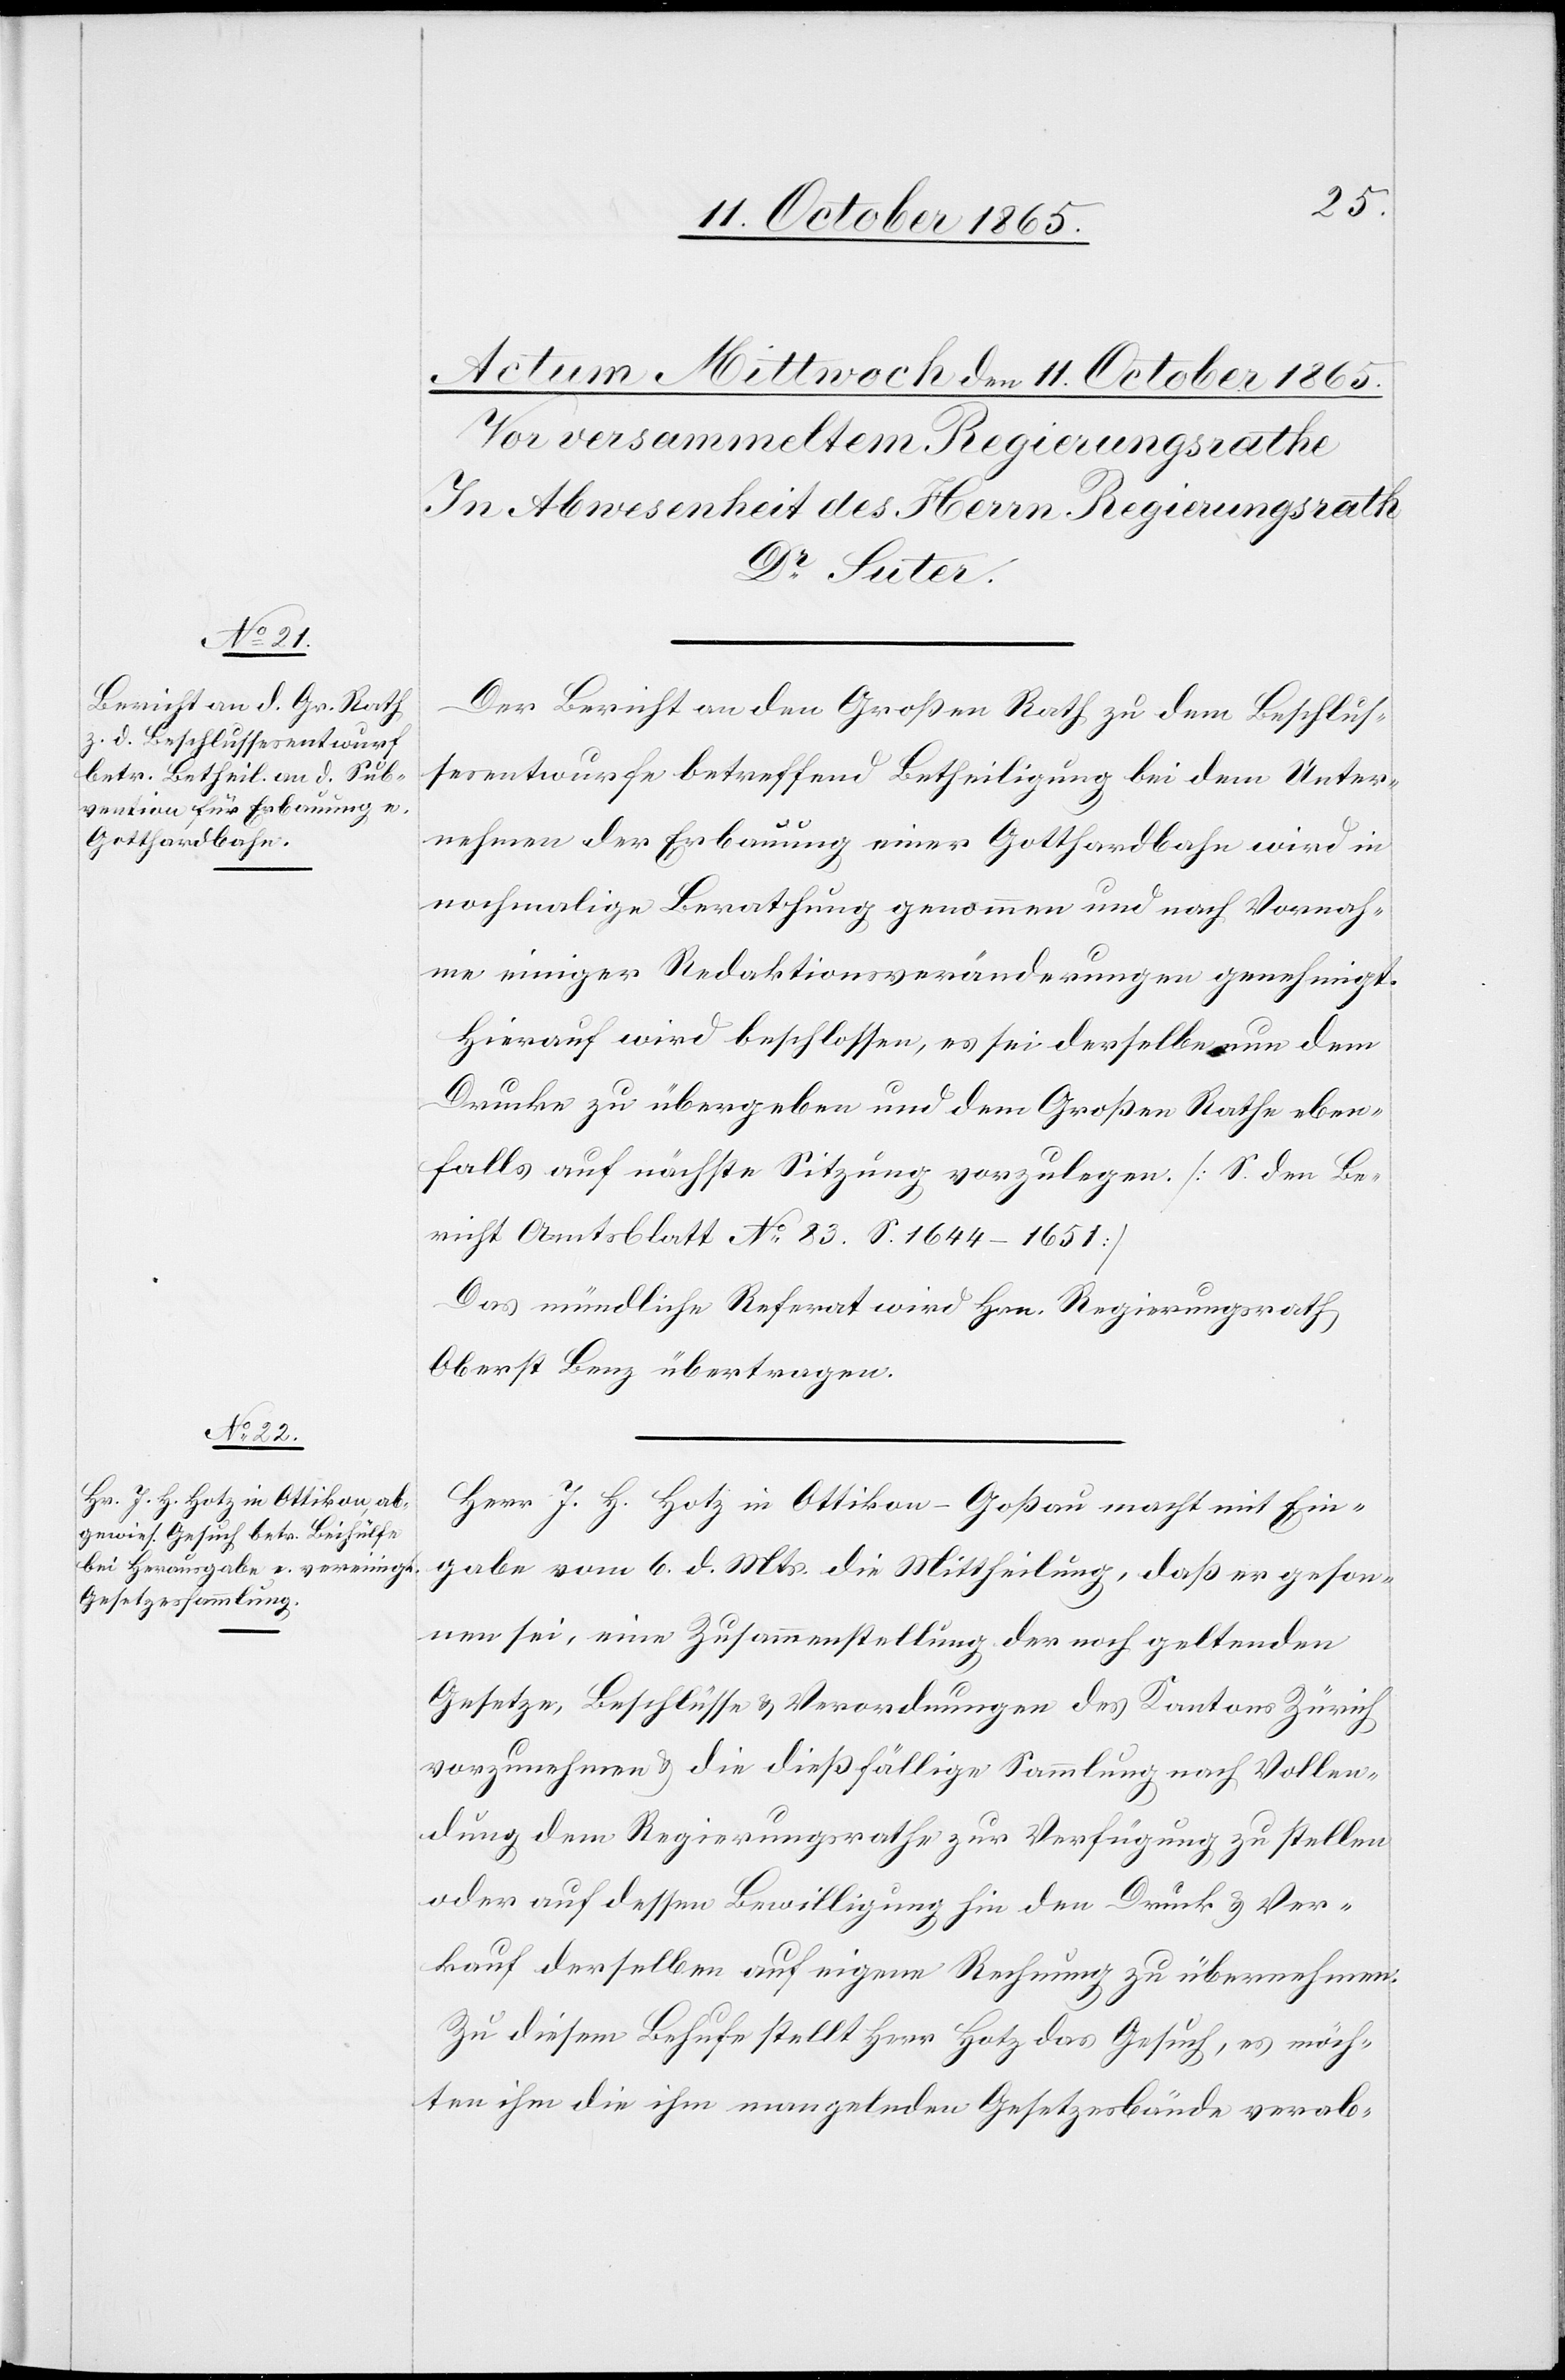
Der Bericht an den Großen Rath zu dem Beschlus¬
sesentwurfe betreffend Betheiligung bei dem Unter¬
nehmen der Erbauung einer Gotthardbahn wird in
nochmalige Berathung genommen und nach Vornah¬
me einiger Redaktionsveränderungen genehmigt.
Hierauf wird beschlossen, es sei derselbe nun dem
Drucke zu übergeben und dem Großen Rathe eben¬
falls auf nächste Sitzung vorzulegen. [S. den Be¬
richt Amtsblatt No 83. S. 1644–1651]
Das mündliche Referat wird Hrn. Regierungsrath
Oberst Benz übertragen.
Herr J. H. Hotz in Ottikon - Goßau macht mit Ein¬
gabe vom 6. d. Mts. die Mittheilung, daß er geson¬
nen sei, eine Zusammenstellung der noch geltenden
Gesetze, Beschlüsse & Verordnungen des Kantons Zürich
vorzunehmen & die dießfällige Sammlung nach Vollen¬
dung dem Regierungsrathe zur Verfügung zu stellen
oder auf dessen Bewilligung hin den Druck & Ver¬
kauf derselben auf eigene Rechnung zu übernehmen.
Zu diesem Behufe stellt Herr Hotz das Gesuch, es möch¬
ten ihm die ihm mangelnden Gesetzesbände verab-